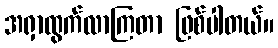
အရှာထွက်လာကြတာ ဖြစ်ပါတယ်။